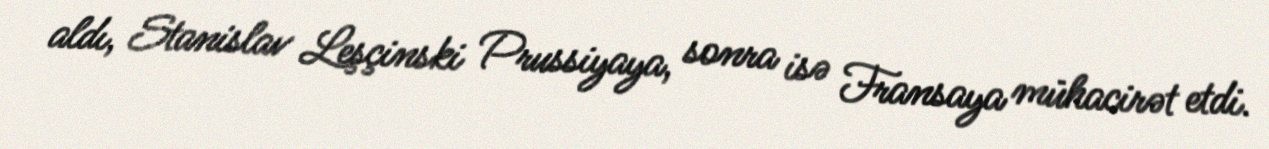
aldı, Stanislav Leşçinski Prussiyaya, sonra isə Fransaya mühacirət etdi.